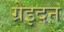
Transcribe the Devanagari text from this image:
ग्रेइदन